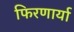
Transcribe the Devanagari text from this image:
फिरणार्या